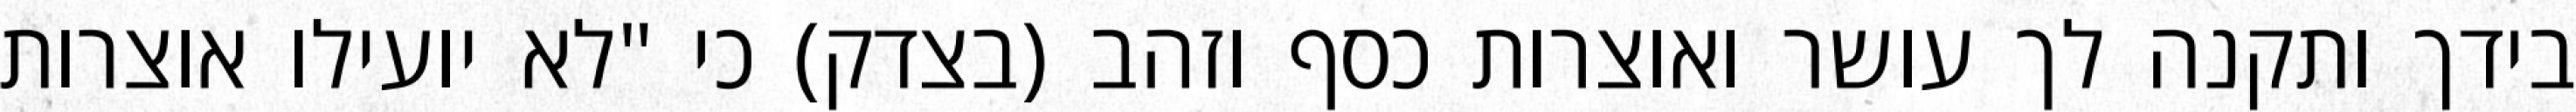
בידך ותקנה לך עושר ואוצרות כסף וזהב (בצדק) כי "לא יועילו אוצרות